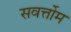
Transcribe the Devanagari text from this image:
सवर्त्तोम